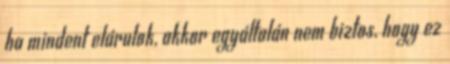
ha mindent elárulok, akkor egyáltalán nem biztos, hogy ez